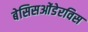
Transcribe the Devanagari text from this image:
बेसिसओंडेरविस